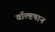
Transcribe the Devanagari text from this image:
वॉल्ष्टषान